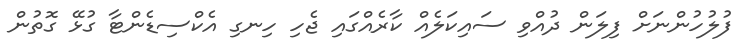
ފުލުހުންނަށް ފިލަން ދުއްވި ސައިކަލެއް ކާރެއްގައި ޖެހި ހިނގި އެކްސިޑެންޓާ ގުޅޭ ގޮތުން